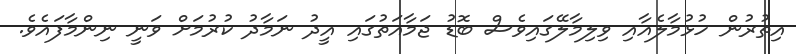
އިތުރުން ހުޅުމާލެއާއި ވިލިމާލޭގައިވެސް ބޮޑު ޖަމާއަތުގައި އީދު ނަމާދު ކުރުމަށް ވަނީ ނިންމާފައެވެ.